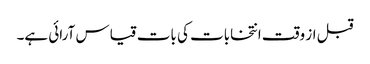
قبل از وقت انتخابات کی بات قیاس آرائی ہے۔